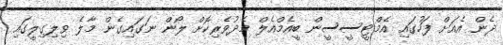
ދެން އެއަށް ފަހުގައި އެމްޓީސީސީން ބީއެމްއެލް މެދުވެރިކޮށް ލޯން ނަގައިގެން މާލެ ވިލިގިލީގައި